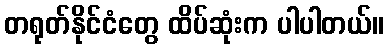
တရုတ်နိုင်ငံတွေ ထိပ်ဆုံးက ပါပါတယ်။